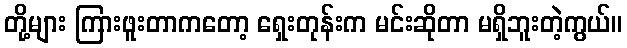
တို့များ ကြားဖူးတာကတော့ ရှေးတုန်းက မင်းဆိုတာ မရှိဘူးတဲ့ကွယ်။